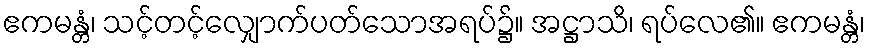
ဧကမန္တံ၊ သင့်တင့်လျှောက်ပတ်သောအရပ်၌။ အဋ္ဌာသိ၊ ရပ်လေ၏။ ဧကမန္တံ၊